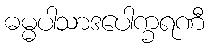
ဓမ္မပါသာဒပေါက္ခရဏီ